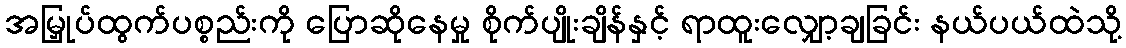
အမြှုပ်ထွက်ပစ္စည်းကို ပြောဆိုနေမှု စိုက်ပျိုးချိန်နှင့် ရာထူးလျှော့ချခြင်း နယ်ပယ်ထဲသို့